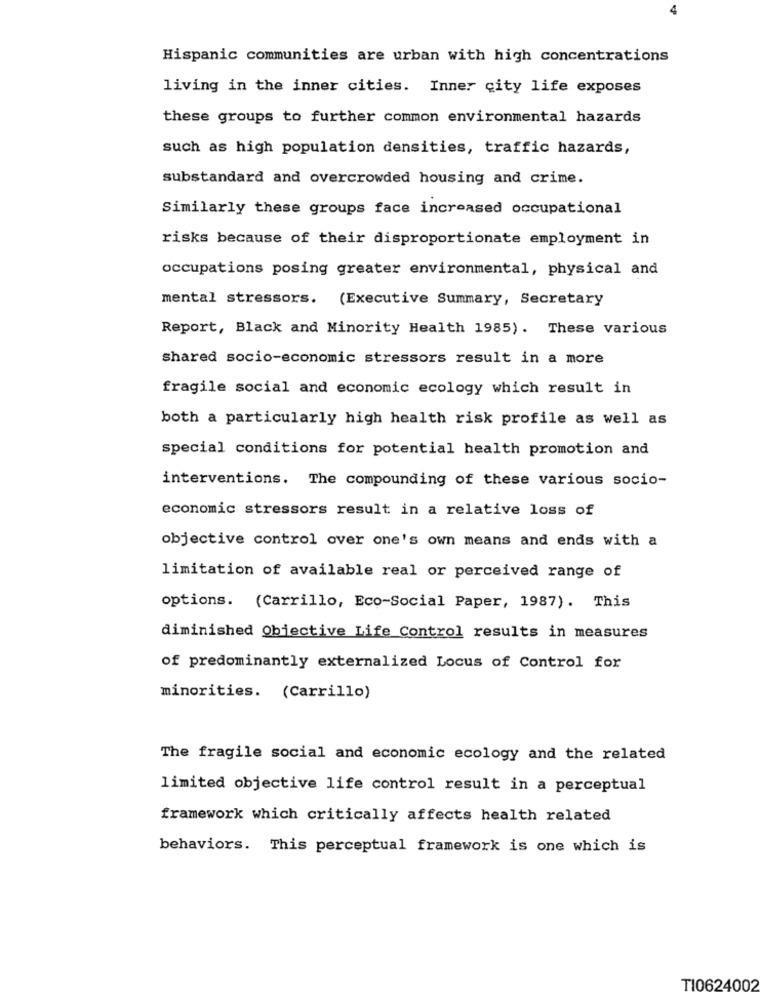
4
Hispanic communities are urban with high concentrations
living in the inner cities. Inner city life exposes
these groups to further common environmental hazards
such as high population densities, traffic hazards,
substandard and overcrowded housing and crime.
Similarly these groups face increased occupational
risks because of their disproportionate employment in
occupations posing greater environmental, physical and
mental stressors. (Executive Summary, Secretary
Report, Black and Minority Health 1985). These various
shared socio-economic stressors result in a more
fragile social and economic ecology which result in
both a particularly high health risk profile as well as
special conditions for potential health promotion and
interventions. The compounding of these various socio-
economic stressors result in a relative loss of
objective control over one's own means and ends with a
limitation of available real or perceived range of
options. (Carrillo, Eco-Social Paper, 1987). This
diminished Objective Life Control results in measures
of predominantly externalized Locus of Control for
minorities. (Carrillo)
The fragile social and economic ecology and the related
limited objective life control result in a perceptual
framework which critically affects health related
behaviors. This perceptual framework is one which is
TI0624002